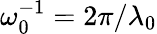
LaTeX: \omega_{0}^{-1}=2\pi/\lambda_{0}